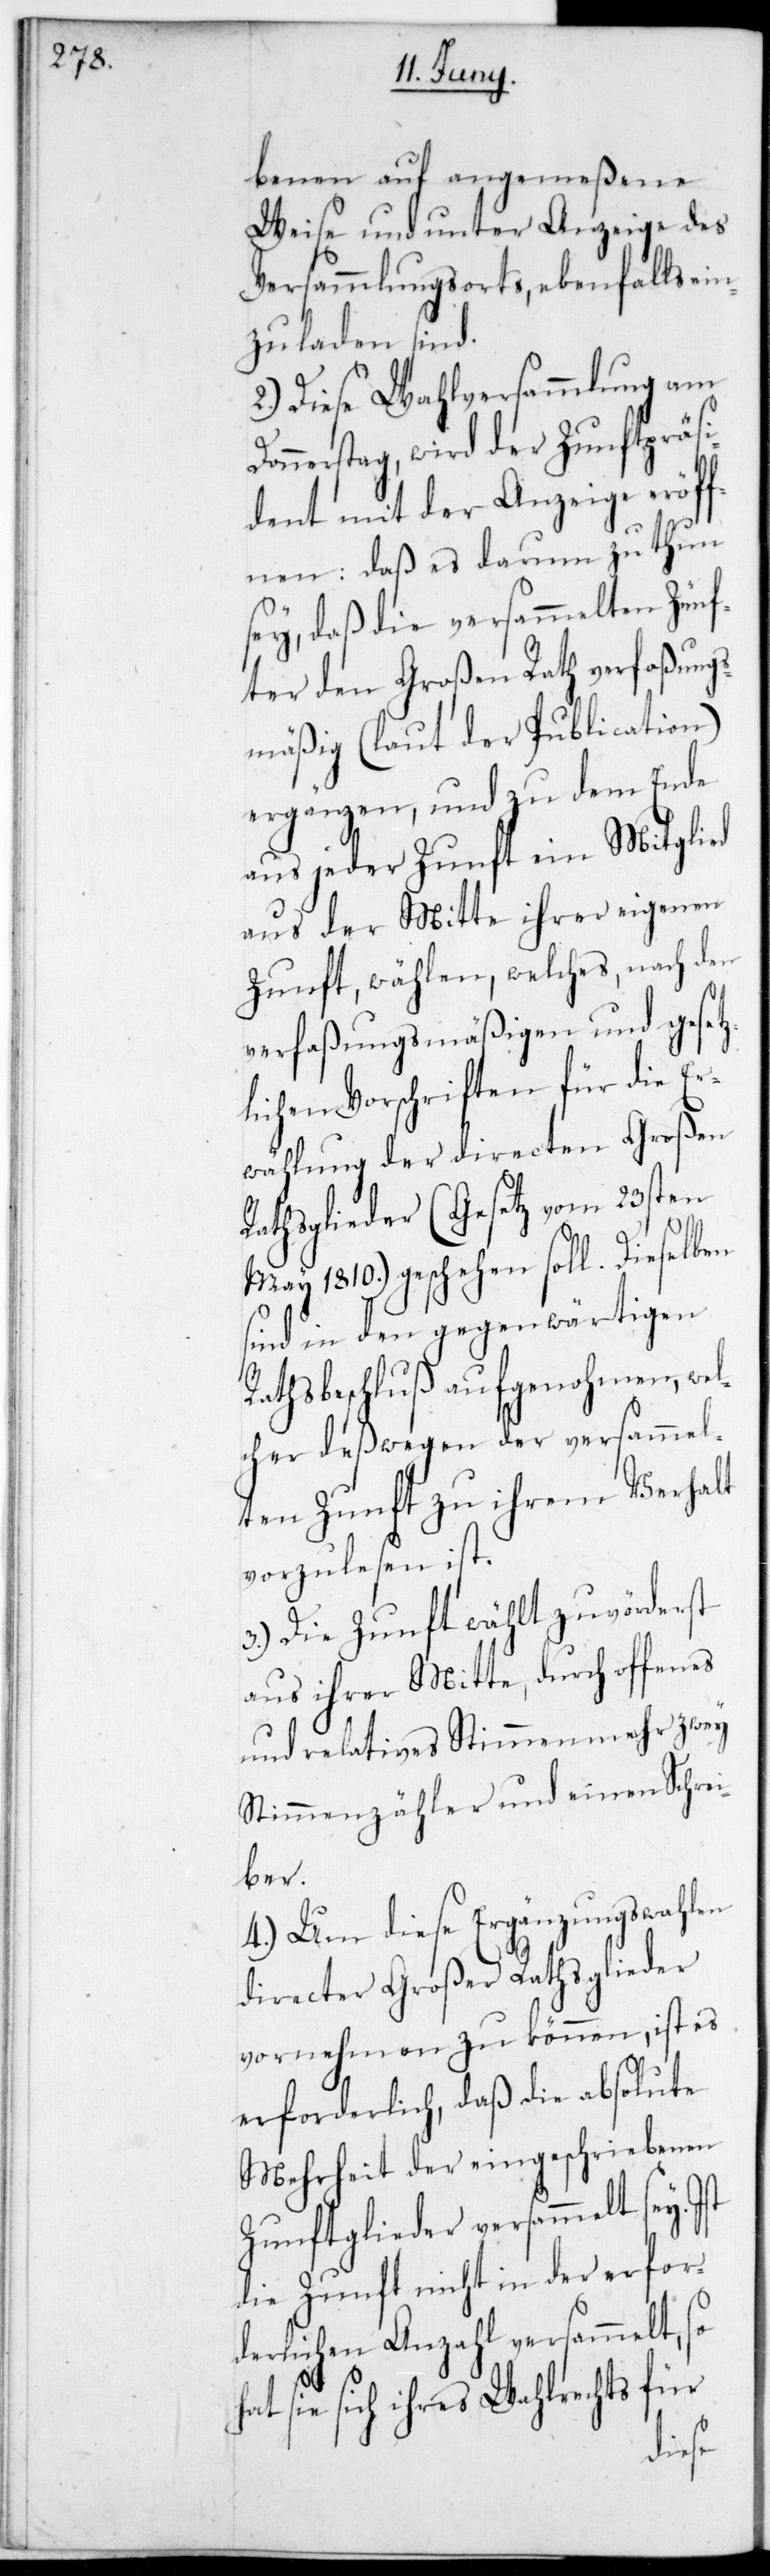
benen auf angemeßene
Weise und unter Anzeige des
Versammlungsorts, ebenfalls ein¬
zuladen sind.
2.) Diese Wahlversammlung am D¬
onnerstag, wird der Zunftpräsi¬
dent mit der Anzeige eröf¬
fnen: Daß es darum zu thun
sey, daß die versammelten Zünf¬
ter den Großen Rath verfaßungs¬
mäßig (laut der Publication)
ergänzen, und zu dem Ende
aus jeder Zunft ein Mitglied
aus der Mitte ihrer eigenen
Zunft, wählen, welches nach den
verfaßungsmäßigen und gesetz¬
lichen Vorschriften für die Er¬
wählung der directen Großen-R¬
aths-Glieder (Gesetz vom 23sten
May 1810.) geschehen soll. Dieselben
sind in den gegenwärtigen
Rathsbeschluß aufgenohmen, wel¬
cher deßwegen der versammel¬
ten Zunft zu ihrem Verhalt
vorzulesen ist.
3.) Die Zunft wählt zuvörderst
aus ihrer Mitte, durch offenes
und relatives Stimmenmehr zwey
Stimmenzähler und einen Schrei¬
ber.
4.) Um diese Ergänzungswahlen
directer Großer-Raths-Glieder
vornehmen zu können, ist es
erforderlich, daß die absolute
Mehrheit der eingeschriebenen
Zunftglieder versammelt sey.
die Zunft nicht in der erfor¬
derlichen Anzahl versammelt, so
sie sich ihres Wahlrechts für